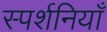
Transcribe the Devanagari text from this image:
स्पर्शनियाँ